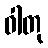
ဓါတု